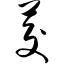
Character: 茭